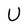
Character: U